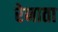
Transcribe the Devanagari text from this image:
रेनाता